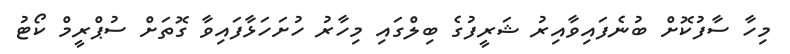
މިހާ ސާފުކޮށް ބުނެފައިވާއިރު ޝަރީފުގެ ބިލްގައި މިހާރު ހުށަހަޅާފައިވާ ގޮތަށް ސުޕްރީމް ކޯޓު